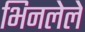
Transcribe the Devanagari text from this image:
भिनलेले